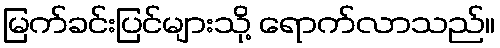
မြက်ခင်းပြင်များသို့ ရောက်လာသည်။